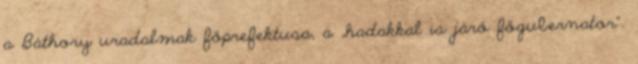
a Báthory uradalmak főprefektusa, a „hadakkal is járó főgubernator".